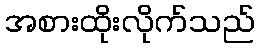
အစားထိုးလိုက်သည်